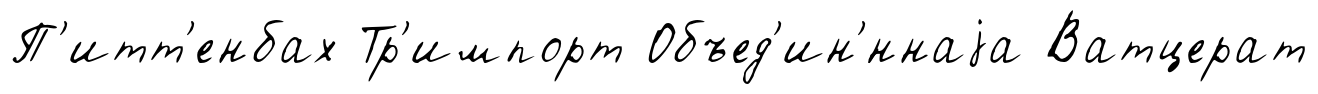
П'итт'енбах Тр'импорт Объед'ин'́ннаjа Ватцерат